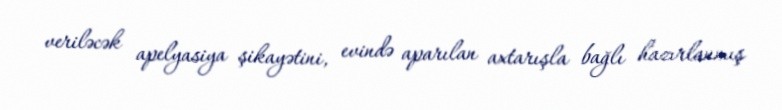
veriləcək apelyasiya şikayətini, evində aparılan axtarışla bağlı hazırlanmış